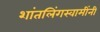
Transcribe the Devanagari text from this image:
शांतलिंगस्वामींनी